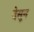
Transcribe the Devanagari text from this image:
देसून